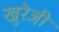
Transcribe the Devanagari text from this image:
खुरेजी